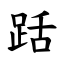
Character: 䟯